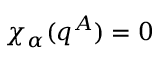
\chi _ { \alpha } ( q ^ { A } ) = 0